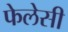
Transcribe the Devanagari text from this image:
फेलेसी